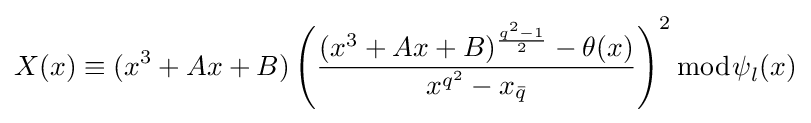
X(x)\equiv (x^{3}+Ax+B)\left({\frac {(x^{3}+Ax+B)^{\frac {q^{2}-1}{2}}-\theta (x)}{x^{q^{2}}-x_{\bar {q}}}}\right)^{2}{\bmod {\psi }}_{l}(x)